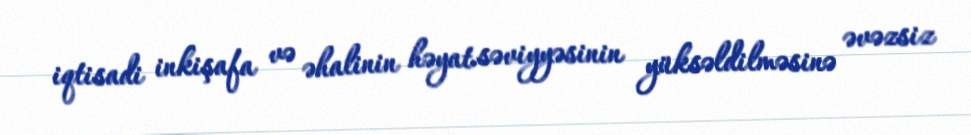
iqtisadi inkişafa və əhalinin həyat səviyyəsinin yüksəldilməsinə əvəzsiz